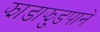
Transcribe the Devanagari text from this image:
झाडाझुडपाने